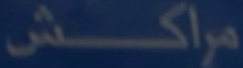
مراكش